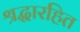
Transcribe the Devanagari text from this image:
श्रद्धारहित